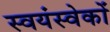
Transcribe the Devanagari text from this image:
स्वयंस्वेकों